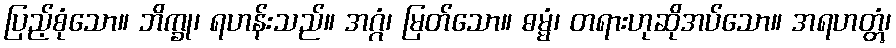
ပြည့်စုံသော။ ဘိက္ခု၊ ရဟန်းသည်။ အဂ္ဂံ၊ မြတ်သော။ ဓမ္မံ၊ တရားဟုဆိုအပ်သော။ အရဟတ္တွံ၊